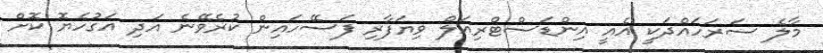
މާލެ ސަރަހައްދަކީ އެއީ އިންޑަސްޓްރިއަލް ވިޔަފާރި ފަސޭހައިން ކުރެވޭނެ އަދި އަގުހެޔޮ ކޮށް